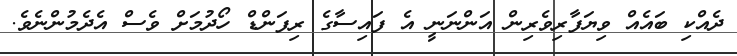
ދެއްކި ބައެއް ވިޔަފާރިވެރިން އަންނަނީ އެ ފައިސާގެ ރިފަންޑް ހޯދުމަށް ވެސް އެދެމުންނެވެ.